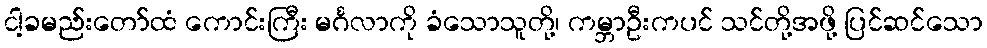
ငါ့ခမည်းတော်ထံ ကောင်းကြီး မင်္ဂလာကို ခံသောသူတို့၊ ကမ္ဘာဦးကပင် သင်တို့အဖို့ ပြင်ဆင်သော